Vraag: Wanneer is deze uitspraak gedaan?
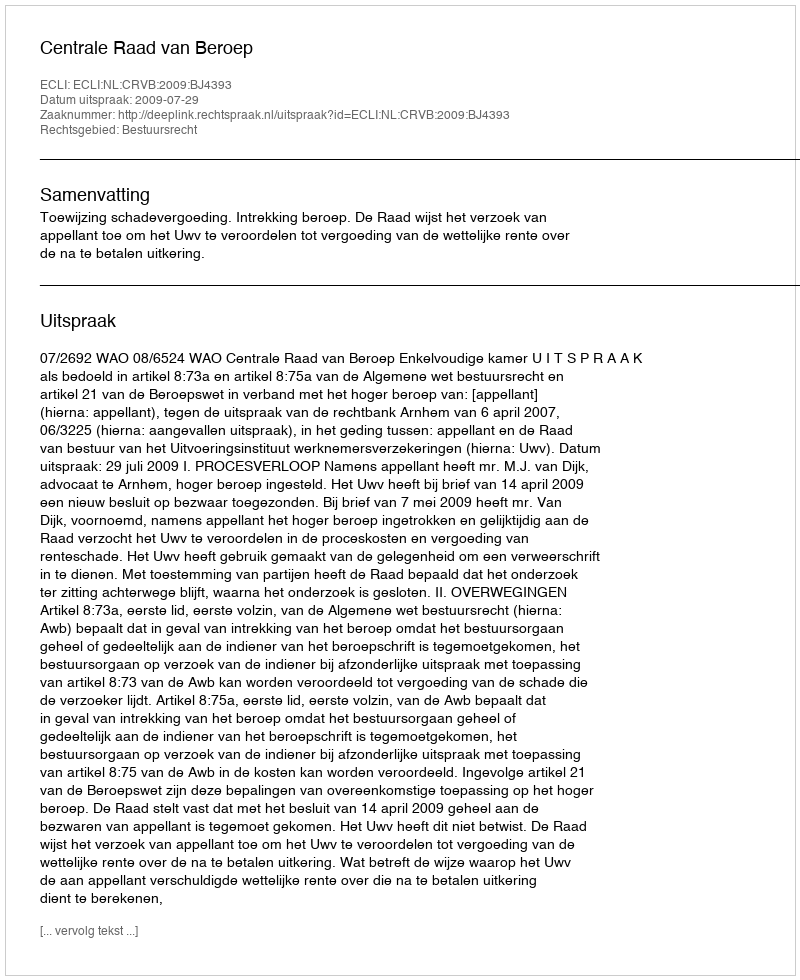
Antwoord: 2009-07-29